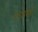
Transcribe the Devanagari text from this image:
प्रभुतावर्षा